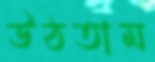
উঠতাম